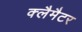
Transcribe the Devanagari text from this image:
क्लैमैटर